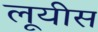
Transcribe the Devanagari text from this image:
लूयीस